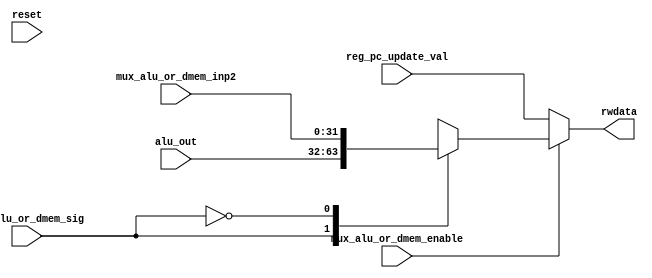
module mux_alu_or_dmem( input reset,
                       input [31:0] alu_out,
                       input [31:0] mux_alu_or_dmem_inp2,
                       input mux_alu_or_dmem_sig,
                       input mux_alu_or_dmem_enable,
                       input [31:0] reg_pc_update_val,
                       output [31:0] rwdata
                      );
     
    reg [31:0] rwdata;

    //MUX to decide b/w ALU o/p and DMEM output to go into regfile OR take in pc+4 based on branch
    //If not branch:
    //mux_alu_or_dmem_enable is high
    //mux_alu_or_dmem_inp1 - from ALU data output- alu_out
    //mux_alu_or_dmem_inp2 - from DMEM drdata - modified by control unit already
    //mux_alu_or_dmem_sig - decides what rwdata is going to be- if 1 then choose ALU, else dmem
    //If its branch pc value store, pc_update_path" is taken and pc+4 is written to "rd". Mux_alu_or_dmem_enable is low
    
    always @(*) begin
        //If value is from DMEM or ALU
        if(mux_alu_or_dmem_enable) begin
            case ( mux_alu_or_dmem_sig)
                //Choose ALU o/p for rwdata 
                1'b1: rwdata =  alu_out;
                //Choose DMEM o/p for rwdata
                1'b0: rwdata =  mux_alu_or_dmem_inp2;
            
            endcase
        end
        // If its pc update store
        else begin
            rwdata = reg_pc_update_val;
        end
    
    end
    
endmodule